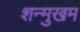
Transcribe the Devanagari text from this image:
शन्मुखम